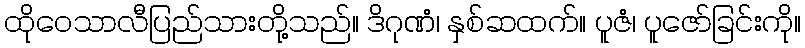
ထိုဝေသာလီပြည်သားတို့သည်။ ဒိဂုဏံ၊ နှစ်ဆထက်။ ပူဇံ၊ ပူဇော်ခြင်းကို။